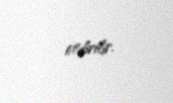
etdirilir.